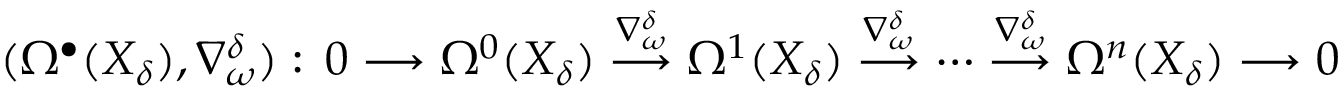
( \Omega ^ { \bullet } ( X _ { \delta } ) , \nabla _ { \omega } ^ { \delta } ) : \, 0 \longrightarrow \Omega ^ { 0 } ( X _ { \delta } ) \overset { \nabla _ { \omega } ^ { \delta } } { \longrightarrow } \Omega ^ { 1 } ( X _ { \delta } ) \overset { \nabla _ { \omega } ^ { \delta } } { \longrightarrow } \cdots \overset { \nabla _ { \omega } ^ { \delta } } { \longrightarrow } \Omega ^ { n } ( X _ { \delta } ) \longrightarrow 0